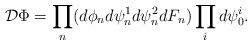
LaTeX: \begin{align*}{\cal D}\Phi = \prod_{n}(d \phi_{n} d\psi_{n}^{1} d\psi_{n}^{2} dF_{n}) \prod_{i} d\psi_{0}^{i} .\end{align*}